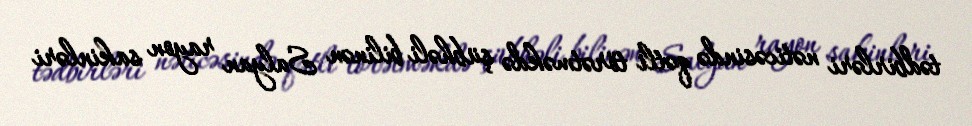
tədbirləri nəticəsində qətli törətməkdə şübhəli bilinən Salyan rayon sakinləri